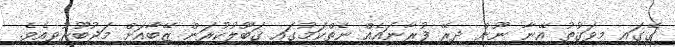
ގޭގައި މިވަގުތު އޭނާ ނޫން ދިރޭ ފުރާނައެއް ނެތްކަމުގައި ޤަބޫލުކުރަން ޒޭބާއަށް މަޖުބޫރުވިއެވެ.